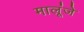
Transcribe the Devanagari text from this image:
मालूंजे